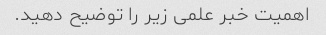
اهمیت خبر علمی زیر را توضیح دهید.